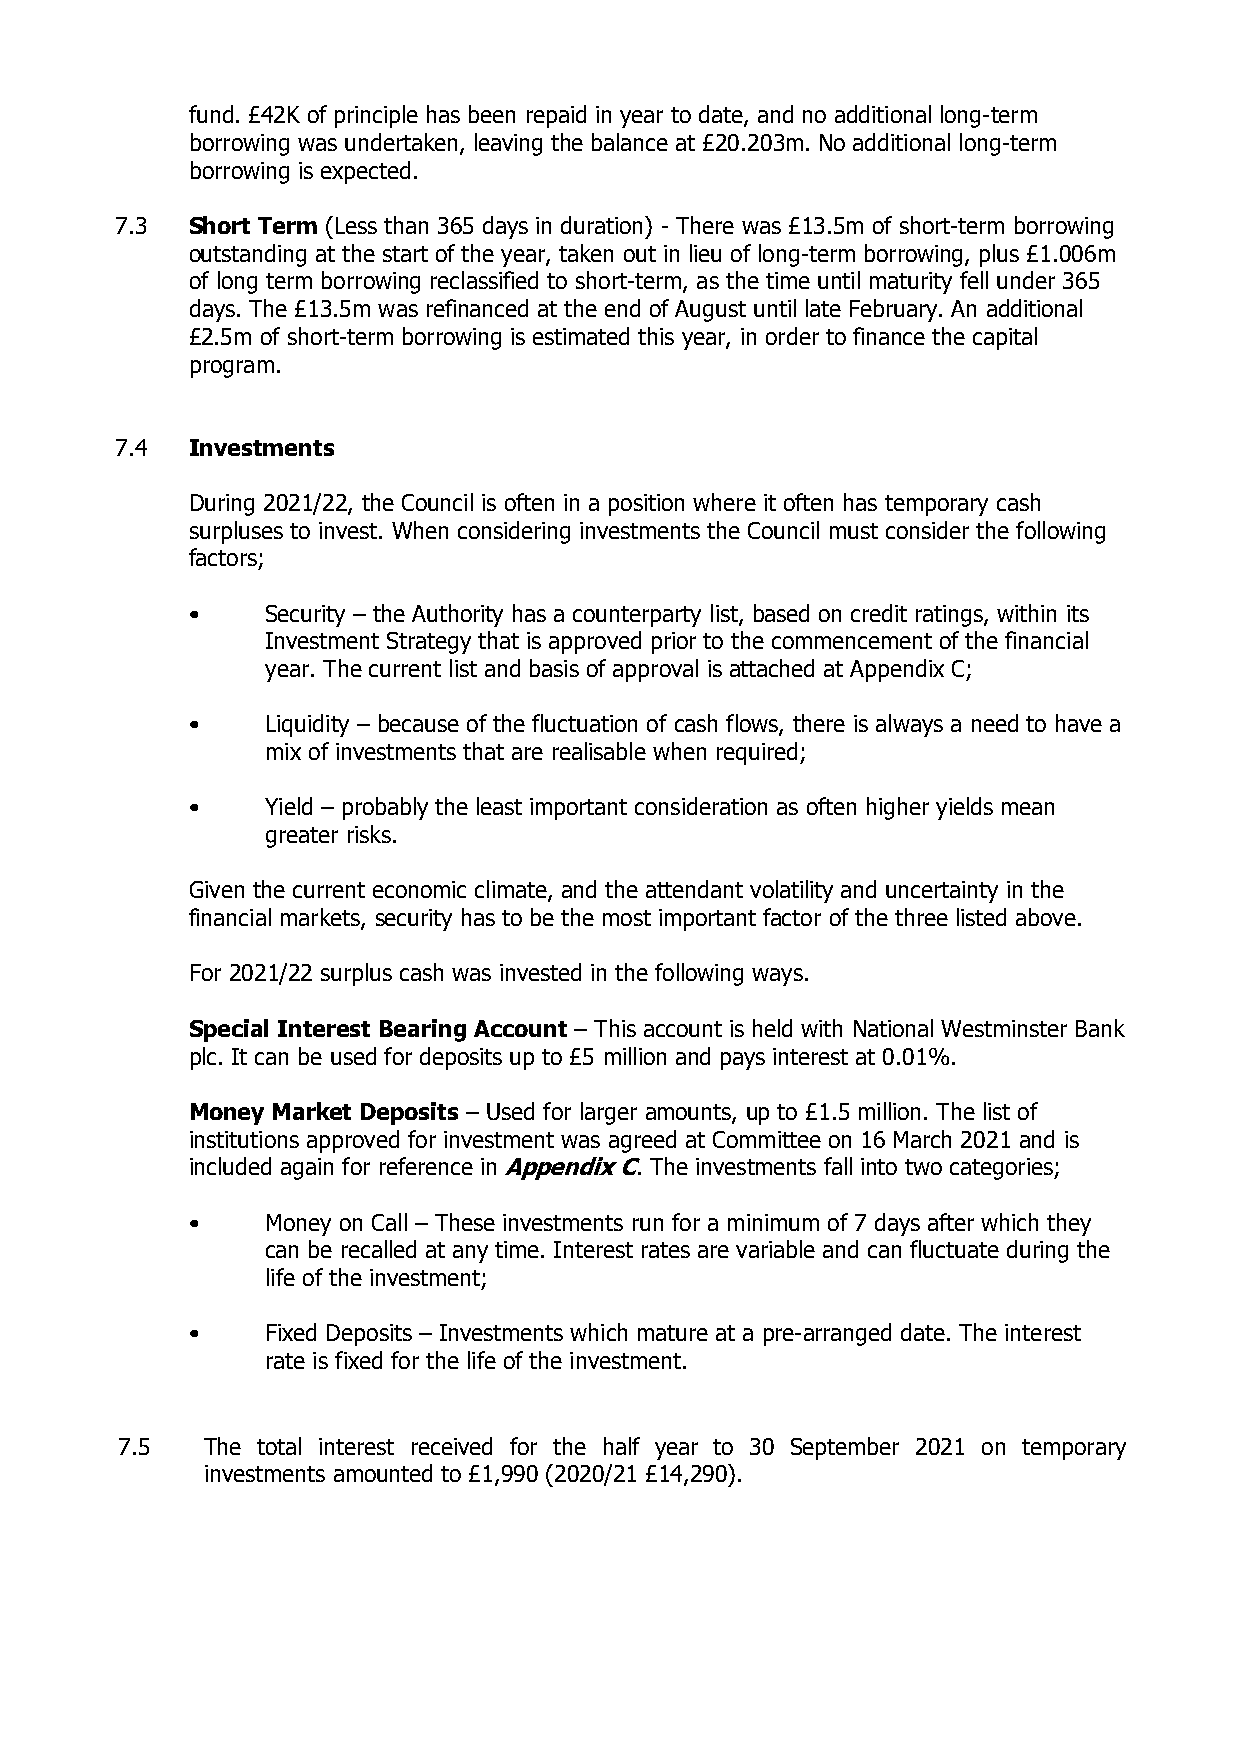
fund. £42K of principle has been repaid in year to date, and no additional long-term
 borrowing was undertaken, leaving the balance at £20.203m. No additional long-term
 borrowing is expected.
 7.3 Short Term (Less than 365 days in duration) - There was £13.5m of short-term borrowing
 outstanding at the start of the year, taken out in lieu of long-term borrowing, plus £1.006m
 of long term borrowing reclassified to short-term, as the time until maturity fell under 365
 days. The £13.5m was refinanced at the end of August until late February. An additional
 £2.5m of short-term borrowing is estimated this year, in order to finance the capital
 program.
 7.4 Investments
 During 2021/22, the Council is often in a position where it often has temporary cash
 surpluses to invest. When considering investments the Council must consider the following
 factors;
 •     Security – the Authority has a counterparty list, based on credit ratings, within its
 Investment Strategy that is approved prior to the commencement of the financial
 year. The current list and basis of approval is attached at Appendix C;
 •     Liquidity – because of the fluctuation of cash flows, there is always a need to have a
 mix of investments that are realisable when required;
 •     Yield – probably the least important consideration as often higher yields mean
 greater risks.
 Given the current economic climate, and the attendant volatility and uncertainty in the
 financial markets, security has to be the most important factor of the three listed above.
 For 2021/22 surplus cash was invested in the following ways.
 Special Interest Bearing Account – This account is held with National Westminster Bank
 plc. It can be used for deposits up to £5 million and pays interest at 0.01%.
 Money Market Deposits – Used for larger amounts, up to £1.5 million. The list of
 institutions approved for investment was agreed at Committee on 16 March 2021 and is
 included again for reference in Appendix C. The investments fall into two categories;
 •     Money on Call – These investments run for a minimum of 7 days after which they
 can be recalled at any time. Interest rates are variable and can fluctuate during the
 life of the investment;
 •     Fixed Deposits – Investments which mature at a pre-arranged date. The interest
 rate is fixed for the life of the investment.
 7.5  The total interest received for the half year to 30 September 2021 on temporary
 investments amounted to £1,990 (2020/21 £14,290).